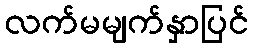
လက်မမျက်နှာပြင်